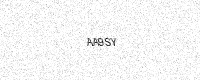
Text: AA9SY